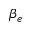
\beta _ { e }